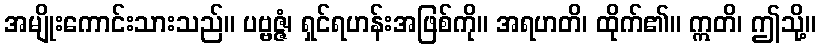
အမျိုးကောင်းသားသည်။ ပဗ္ဗဇ္ဇံ၊ ရှင်ရဟန်းအဖြစ်ကို။ အရဟတိ၊ ထိုက်၏။ ဣတိ၊ ဤသို့။